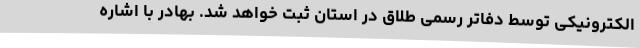
الکترونیکی توسط دفاتر رسمی طلاق در استان ثبت خواهد شد. بهادر با اشاره